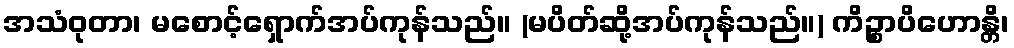
အသံဝုတာ၊ မစောင့်ရှောက်အပ်ကုန်သည်။ (မပိတ်ဆို့အပ်ကုန်သည်။) ကိဉ္စာပိဟောန္တိ၊